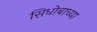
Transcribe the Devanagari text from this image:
सिधोबाच्या